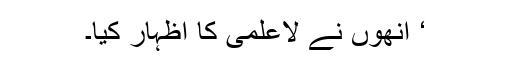
‘ انھوں نے لاعلمی کا اظہار کیا۔